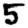
Digit: 5